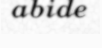
abide